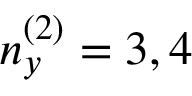
n _ { y } ^ { ( 2 ) } = 3 , 4